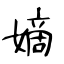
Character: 嫡